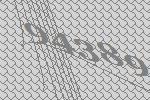
94389